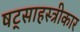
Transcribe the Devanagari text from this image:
षट्साहस्त्रीकार